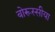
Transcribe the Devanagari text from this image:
बोरूस्सीया